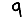
Digit: 9